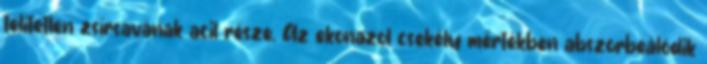
telítetlen zsírsavának acil része. Az ekonazol csekély mértékben abszorbeálódik